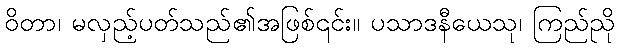
ဝိတာ၊ မလှည့်ပတ်သည်၏အဖြစ်၎င်း။ ပသာဒနီယေသု၊ ကြည်ညို